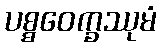
ပစ္စဝေက္ခဿုမံ